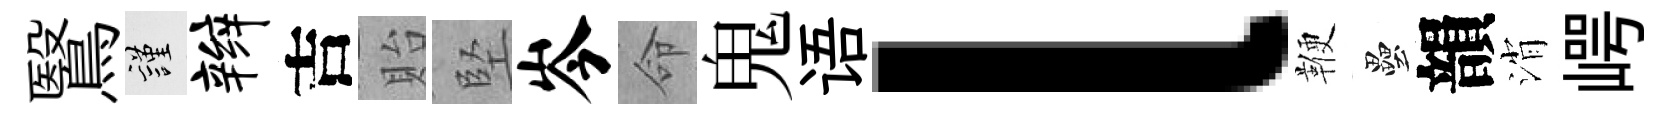
鷖謹辫吉貽堅岑命鬼语l鞭壘韻消崿